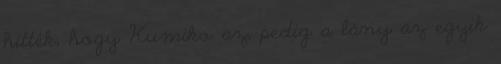
hitték, hogy Kumiko az, pedig a lány az egyik